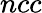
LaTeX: ncc